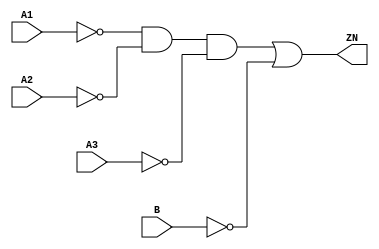
// Copyright 2022 GlobalFoundries PDK Authors
//
// Licensed under the Apache License, Version 2.0 (the "License");
// you may not use this file except in compliance with the License.
// You may obtain a copy of the License at
//
//      http://www.apache.org/licenses/LICENSE-2.0
//
// Unless required by applicable law or agreed to in writing, software
// distributed under the License is distributed on an "AS IS" BASIS,
// WITHOUT WARRANTIES OR CONDITIONS OF ANY KIND, either express or implied.
// See the License for the specific language governing permissions and
// limitations under the License.

module gf180mcu_fd_sc_mcu9t5v0__oai31_4( A3, ZN, A2, A1, B );
input A1, A2, A3, B;
output ZN;

	wire A1_inv_for_gf180mcu_fd_sc_mcu9t5v0__oai31_4;

	not MGM_BG_0( A1_inv_for_gf180mcu_fd_sc_mcu9t5v0__oai31_4, A1 );

	wire A2_inv_for_gf180mcu_fd_sc_mcu9t5v0__oai31_4;

	not MGM_BG_1( A2_inv_for_gf180mcu_fd_sc_mcu9t5v0__oai31_4, A2 );

	wire A3_inv_for_gf180mcu_fd_sc_mcu9t5v0__oai31_4;

	not MGM_BG_2( A3_inv_for_gf180mcu_fd_sc_mcu9t5v0__oai31_4, A3 );

	wire ZN_row1;

	and MGM_BG_3( ZN_row1, A1_inv_for_gf180mcu_fd_sc_mcu9t5v0__oai31_4, A2_inv_for_gf180mcu_fd_sc_mcu9t5v0__oai31_4, A3_inv_for_gf180mcu_fd_sc_mcu9t5v0__oai31_4 );

	wire B_inv_for_gf180mcu_fd_sc_mcu9t5v0__oai31_4;

	not MGM_BG_4( B_inv_for_gf180mcu_fd_sc_mcu9t5v0__oai31_4, B );

	or MGM_BG_5( ZN, ZN_row1, B_inv_for_gf180mcu_fd_sc_mcu9t5v0__oai31_4 );

endmodule